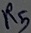
Text: R5